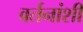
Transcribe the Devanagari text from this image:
वर्तनांशी